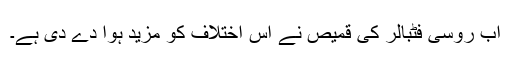
اب روسی فٹبالر کی قمیص نے اس اختلاف کو مزید ہوا دے دی ہے۔